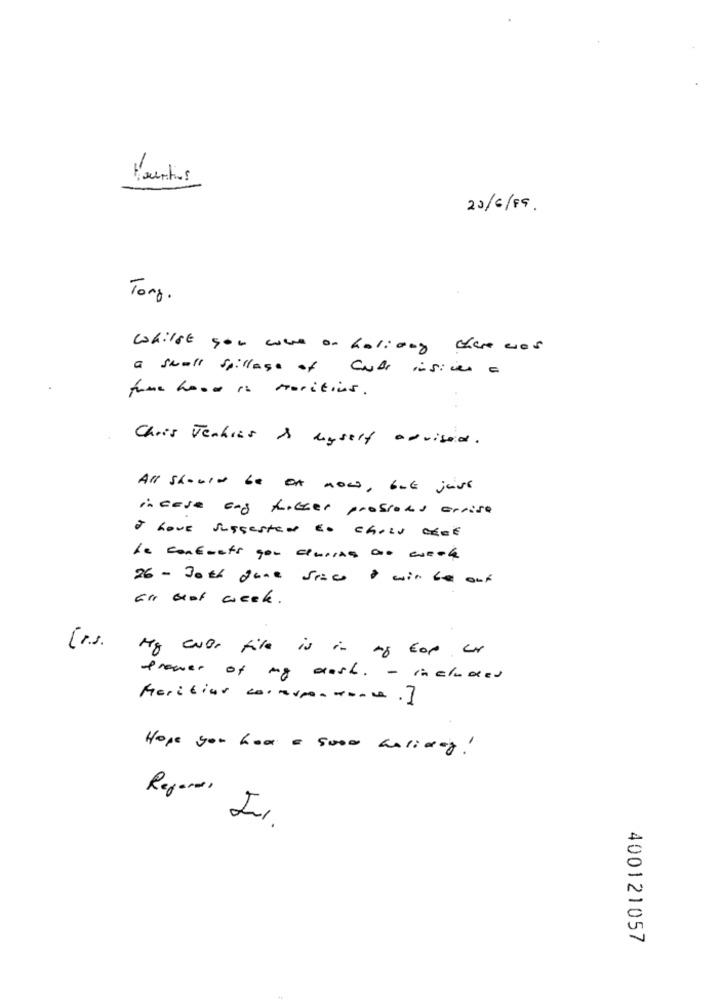
20/ 6 / 89 .
Tong.
whilst you were on haliory there was
a small spillage of Cube insides a
fume hood is poritions .
Chris Jenkins & myself advised .
All showin be on now, but juve
in case og filter prossons arrisa
I Love suggested En choLU CENE
Le contents you cursos ao escola
26 - Tor gone face à win be out
El bot week .
[r.s.
Hey cor file is in to top of
trener of my cash. - included
Feritiav correspondance . ]
Hope you had a good balines!
Regards
400121057